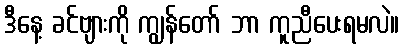
ဒီနေ့ ခင်ဗျားကို ကျွန်တော် ဘာ ကူညီပေးရမလဲ။